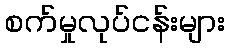
စက်မှုလုပ်ငန်းများ